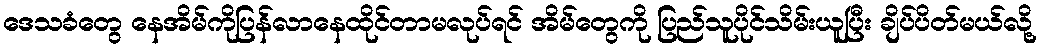
ဒေသခံတွေ နေအိမ်ကိုပြန်လာနေထိုင်တာမလုပ်ရင် အိမ်တွေကို ပြည်သူပိုင်သိမ်းယူပြီး ချိပ်ပိတ်မယ်လို့